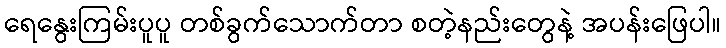
ရေနွေးကြမ်းပူပူ တစ်ခွက်သောက်တာ စတဲ့နည်းတွေနဲ့ အပန်းဖြေပါ။